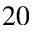
2 0